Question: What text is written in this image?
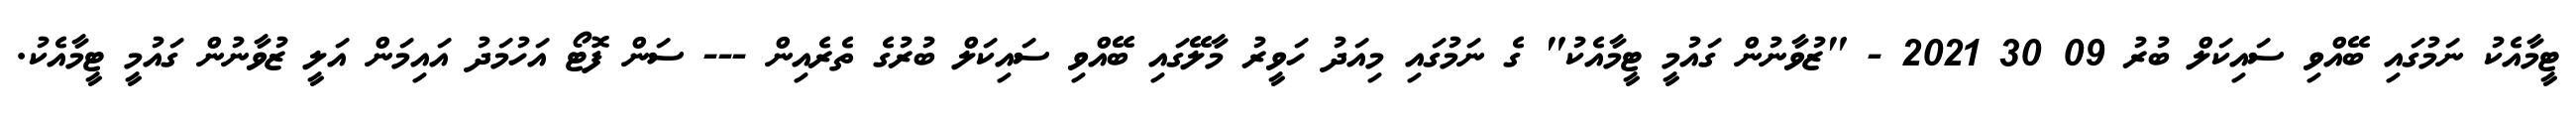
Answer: ޓީމާއެކު ނަމުގައި ބޭއްވި ސައިކަލް ބުރު 09 30 2021 - "ޒުވާނުން ގައުމީ ޓީމާއެކު" ގެ ނަމުގައި މިއަދު ހަވީރު މާލޭގައި ބޭއްވި ސައިކަލް ބުރުގެ ތެރެއިން --- ސަން ފޮޓޯ އަހުމަދު އައިމަން އަލީ ޒުވާނުން ގައުމީ ޓީމާއެކު.